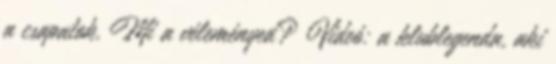
a csapatok. Mi a véleményed? Videó: a klublegenda, aki